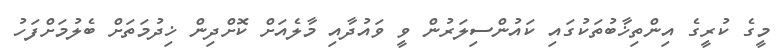
މީގެ ކުރީގެ އިންތިޚާބުތަކުގައި ކައުންސިލަރުން ވީ ވައުދާއި މާލެއަށް ކޮށްދިން ޚިދުމަތަށް ބެލުމަށްފަހު